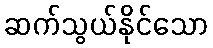
ဆက်သွယ်နိုင်သော